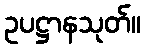
ဥပဋ္ဌာနသုတ်။